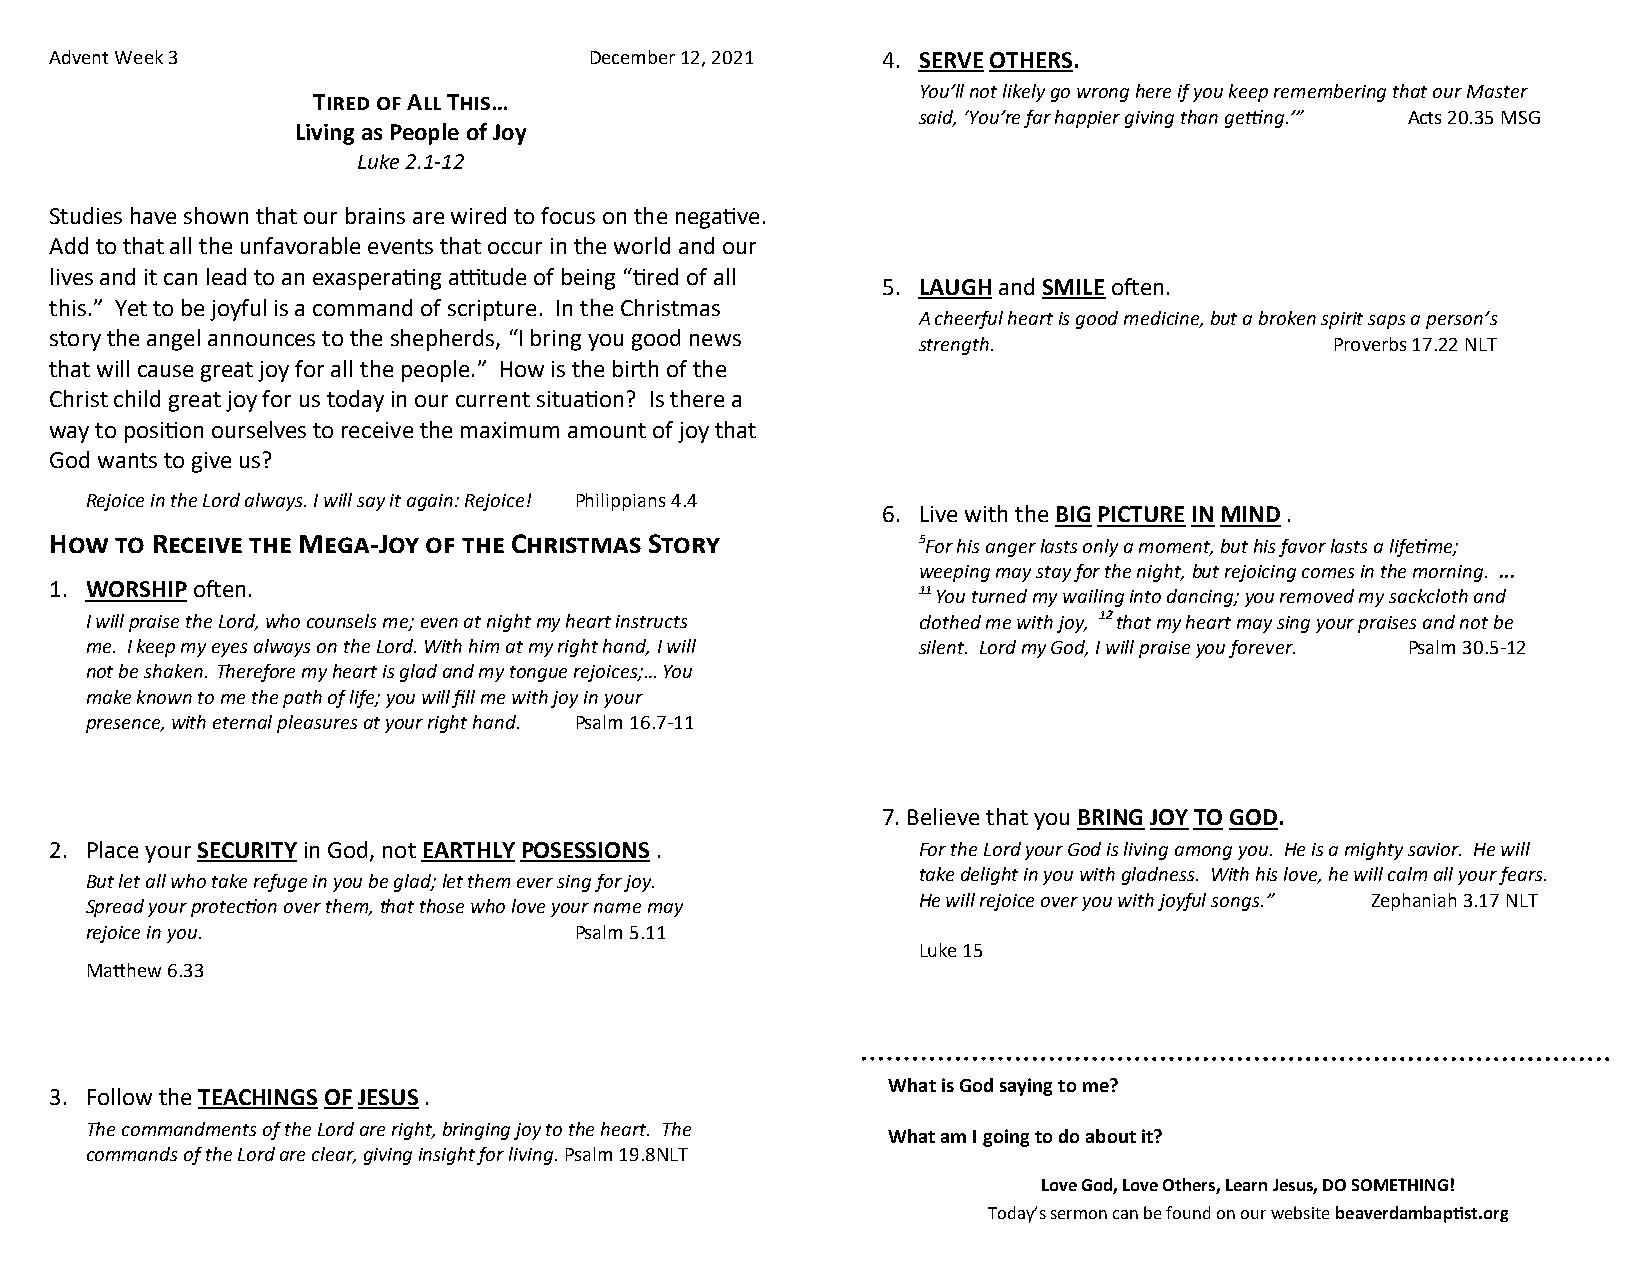
Advent Week 3                       December 12, 2021  4. SERVE OTHERS.
 You’ll not likely go wrong here if you keep remembering that our Master
 Tired of All This…
 said, ‘You’re far happier giving than getting.’” Acts 20.35 MSG
 Living as People of Joy
 Luke 2.1-12
 Studies have shown that our brains are wired to focus on the negative.
 Add to that all the unfavorable events that occur in the world and our
 lives and it can lead to an exasperating attitude of being “tired of all
 5. LAUGH and SMILE often.
 this.” Yet to be joyful is a command of scripture. In the Christmas
 A cheerful heart is good medicine, but a broken spirit saps a person’s
 story the angel announces to the shepherds, “I bring you good news
 strength.                  Proverbs 17.22 NLT
 that will cause great joy for all the people.” How is the birth of the
 Christ child great joy for us today in our current situation? Is there a
 way to position ourselves to receive the maximum amount of joy that
 God wants to give us?
 Rejoice in the Lord always. I will say it again: Rejoice! Philippians 4.4
 6. Live with the BIG PICTURE IN MIND .
 How  to Receive the Mega-Joy of the Christmas Story       5For his anger lasts only a moment, but his favor lasts a lifetime;
 weeping may stay for the night, but rejoicing comes in the morning. ...
 1. WORSHIP often.                                         11 You turned my wailing into dancing; you removed my sackcloth and
 I will praise the Lord, who counsels me; even at night my heart instructs clothed me with joy, 12 that my heart may sing your praises and not be
 me. I keep my eyes always on the Lord. With him at my right hand, I will silent. Lord my God, I will praise you forever. Psalm 30.5-12
 not be shaken. Therefore my heart is glad and my tongue rejoices;… You
 make known to me the path of life; you will fill me with joy in your
 presence, with eternal pleasures at your right hand. Psalm 16.7-11
 7. Believe that you BRING JOY TO GOD.
 2. Place your SECURITY in God, not EARTHLY POSESSIONS .   For the Lord your God is living among you. He is a mighty savior. He will
 take delight in you with gladness. With his love, he will calm all your fears.
 But let all who take refuge in you be glad; let them ever sing for joy.
 He will rejoice over you with joyful songs.” Zephaniah 3.17 NLT
 Spread your protection over them, that those who love your name may
 rejoice in you.                 Psalm 5.11
 Luke 15
 Matthew 6.33
 What is God saying to me?
 3. Follow the TEACHINGS OF JESUS .
 The commandments of the Lord are right, bringing joy to the heart. The
 What am I going to do about it?
 commands of the Lord are clear, giving insight for living. Psalm 19.8NLT
 Love God, Love Others, Learn Jesus, DO SOMETHING!
 Today’s sermon can be found on our website beaverdambaptist.org